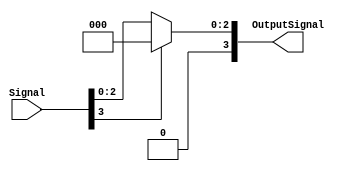
module ReLU (
  input  wire [3:0] Signal,
  output wire [3:0] OutputSignal
  );
  assign OutputSignal = Signal[3]? 4'b0 : Signal;
endmodule